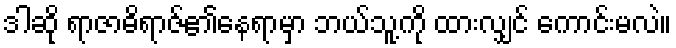
ဒါဆို ရာဇာဓိရာဇ်၏နေရာမှာ ဘယ်သူ့ကို ထားလျှင် ကောင်းမလဲ။